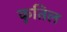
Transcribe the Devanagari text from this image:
कुतिल